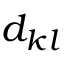
d _ { k l }